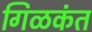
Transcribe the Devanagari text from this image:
गिळकंत